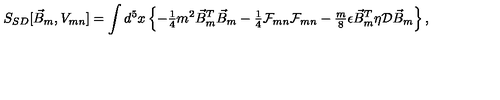
S _ { S D } [ \vec { B } _ { m } , V _ { m n } ] = \int d ^ { 5 } x \left\{ - { \textstyle \frac { 1 } { 4 } } m ^ { 2 } \vec { B } _ { m } ^ { T } \vec { B } _ { m } - { \textstyle \frac { 1 } { 4 } } { \cal F } _ { m n } { \cal F } _ { m n } - { \textstyle \frac { m } { 8 } } \epsilon \vec { B } _ { m } ^ { T } \eta \mathcal { D } \vec { B } _ { m } \right\} ,